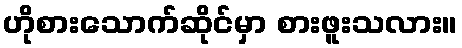
ဟိုစားသောက်ဆိုင်မှာ စားဖူးသလား။